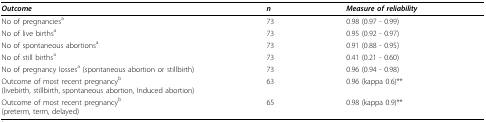
| Outcome | n | Measure of reliability |
 | --- | --- | --- |
 | No of pregnanciesa | 73 | 0.98 (0.97 - 0.99) |
 | No of live birthsa | 73 | 0.95 (0.92 - 0.97) |
 | No of spontaneous abortionsa | 73 | 0.91 (0.88 - 0.95) |
 | No of still birthsa | 73 | 0.41 (0.21 - 0.60) |
 | No of pregnancy lossesa (spontaneous abortion or stillbirth) | 73 | 0.96 (0.94 - 0.98) |
 | Outcome of most recent pregnancyb(livebirth, stillbirth, spontaneous abortion, Induced abortion) | 63 | 0.96 (kappa 0.6)** |
 | Outcome of most recent pregnancyb(preterm, term, delayed) | 65 | 0.98 (kappa 0.9)** |